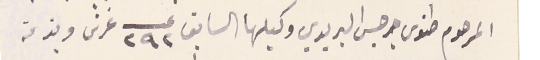
المرحوم طنوس جرجس البريدي وكيلها السابق عــــ ٢٩٢ غرش وبذمة